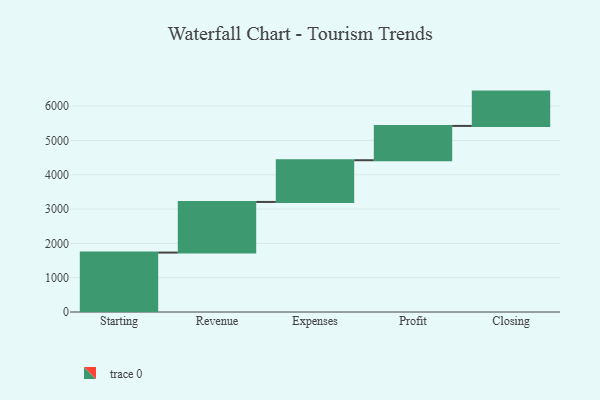
{"axis": {"x": "Step", "y": "Value"}, "legend": [""], "data": [{"x": "Starting", "y": 1732.0, "type": ""}, {"x": "Revenue", "y": 1476.0, "type": ""}, {"x": "Expenses", "y": 1216.0, "type": ""}, {"x": "Profit", "y": 1000, "type": ""}, {"x": "Closing", "y": 1000, "type": ""}]}